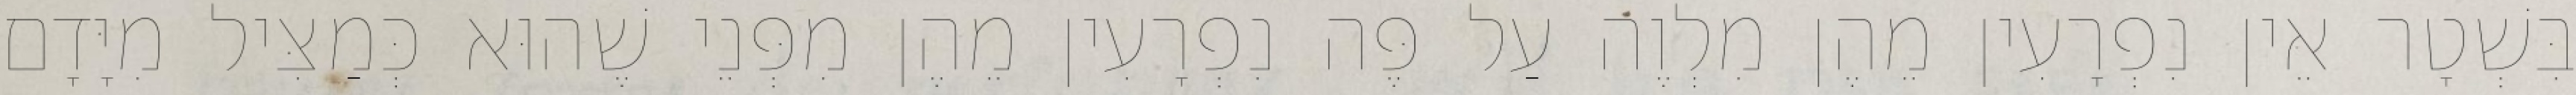
בִּשְׁטָר אֵין נִפְרָעִין מֵהֶן מִלְוֶה עַל פֶּה נִפְרָעִין מֵהֶן מִפְּנֵי שֶׁהוּא כְּמַצִּיל מִיָּדָם